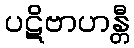
ပဋိဗာဟန္တီ